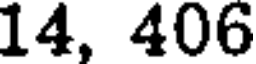
14, 406